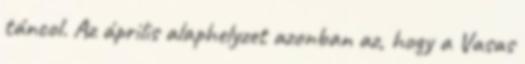
táncol. Az április alaphelyzet azonban az, hogy a Vasas